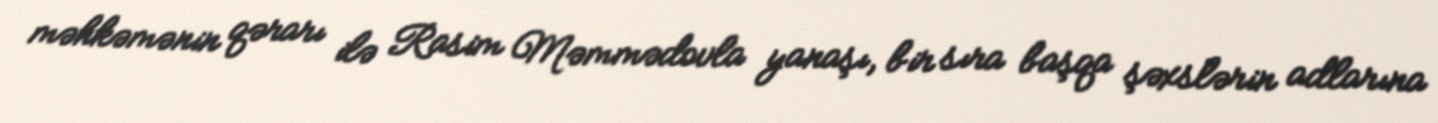
məhkəmənin qərarı ilə Rasim Məmmədovla yanaşı, bir sıra başqa şəxslərin adlarına